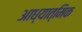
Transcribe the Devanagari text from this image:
आध्‍यात्मिक